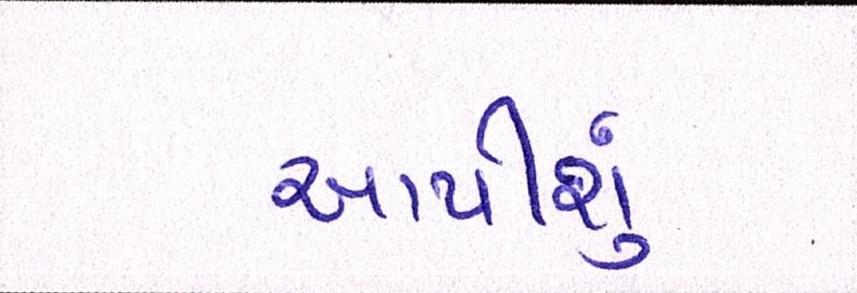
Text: આપીશું